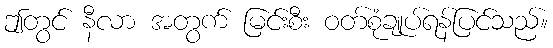
ဤတွင် နီလာ အတွက် မြင်းစီး ဝတ်စုံချုပ်ရန်ပြင်သည်။